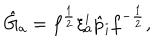
LaTeX: \hat { G } _ { a } = f ^ { \frac { 1 } { 2 } } \xi _ { a } ^ { i } \hat { p } _ { i } f ^ { - { \frac { 1 } { 2 } } } ,